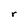
Character: r